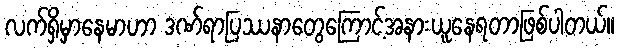
လက်ရှိမှာနေမာဟာ ဒဏ်ရာပြဿနာတွေကြောင့်အနားယူနေရတာဖြစ်ပါတယ်။